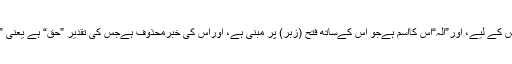
فرماتے ہیں کہ ”لا“ نافیہ ہے جنس کے لیے، اور”الہ“اس کااسم ہےجو اس کےساتھ فتح (زبر) پر مبنی ہے، اوراس کی خبرمحذوف ہےجس کی تقدیر ”حق“ ہے یعنی ”لاالہ حق“ ( کوئی الہِ حقیقی نہیں)۔